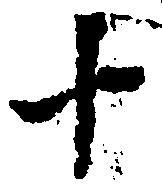
十